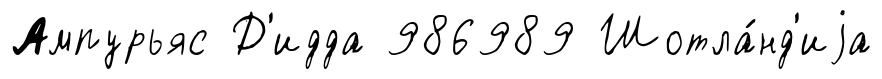
Ампурьяс Д'идда 986989 Шотла́нд'иjа